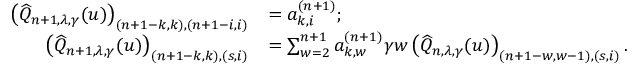
\begin{array} { r l } { \left( \widehat { Q } _ { n + 1 , \lambda , \gamma } ( u ) \right) _ { ( n + 1 - k , k ) , ( n + 1 - i , i ) } } & { = a _ { k , i } ^ { ( n + 1 ) } ; } \\ { \left( \widehat { Q } _ { n + 1 , \lambda , \gamma } ( u ) \right) _ { ( n + 1 - k , k ) , ( s , i ) } } & { = \sum _ { w = 2 } ^ { n + 1 } a _ { k , w } ^ { ( n + 1 ) } \gamma w \left( \widehat { Q } _ { n , \lambda , \gamma } ( u ) \right) _ { ( n + 1 - w , w - 1 ) , ( s , i ) } . } \end{array}